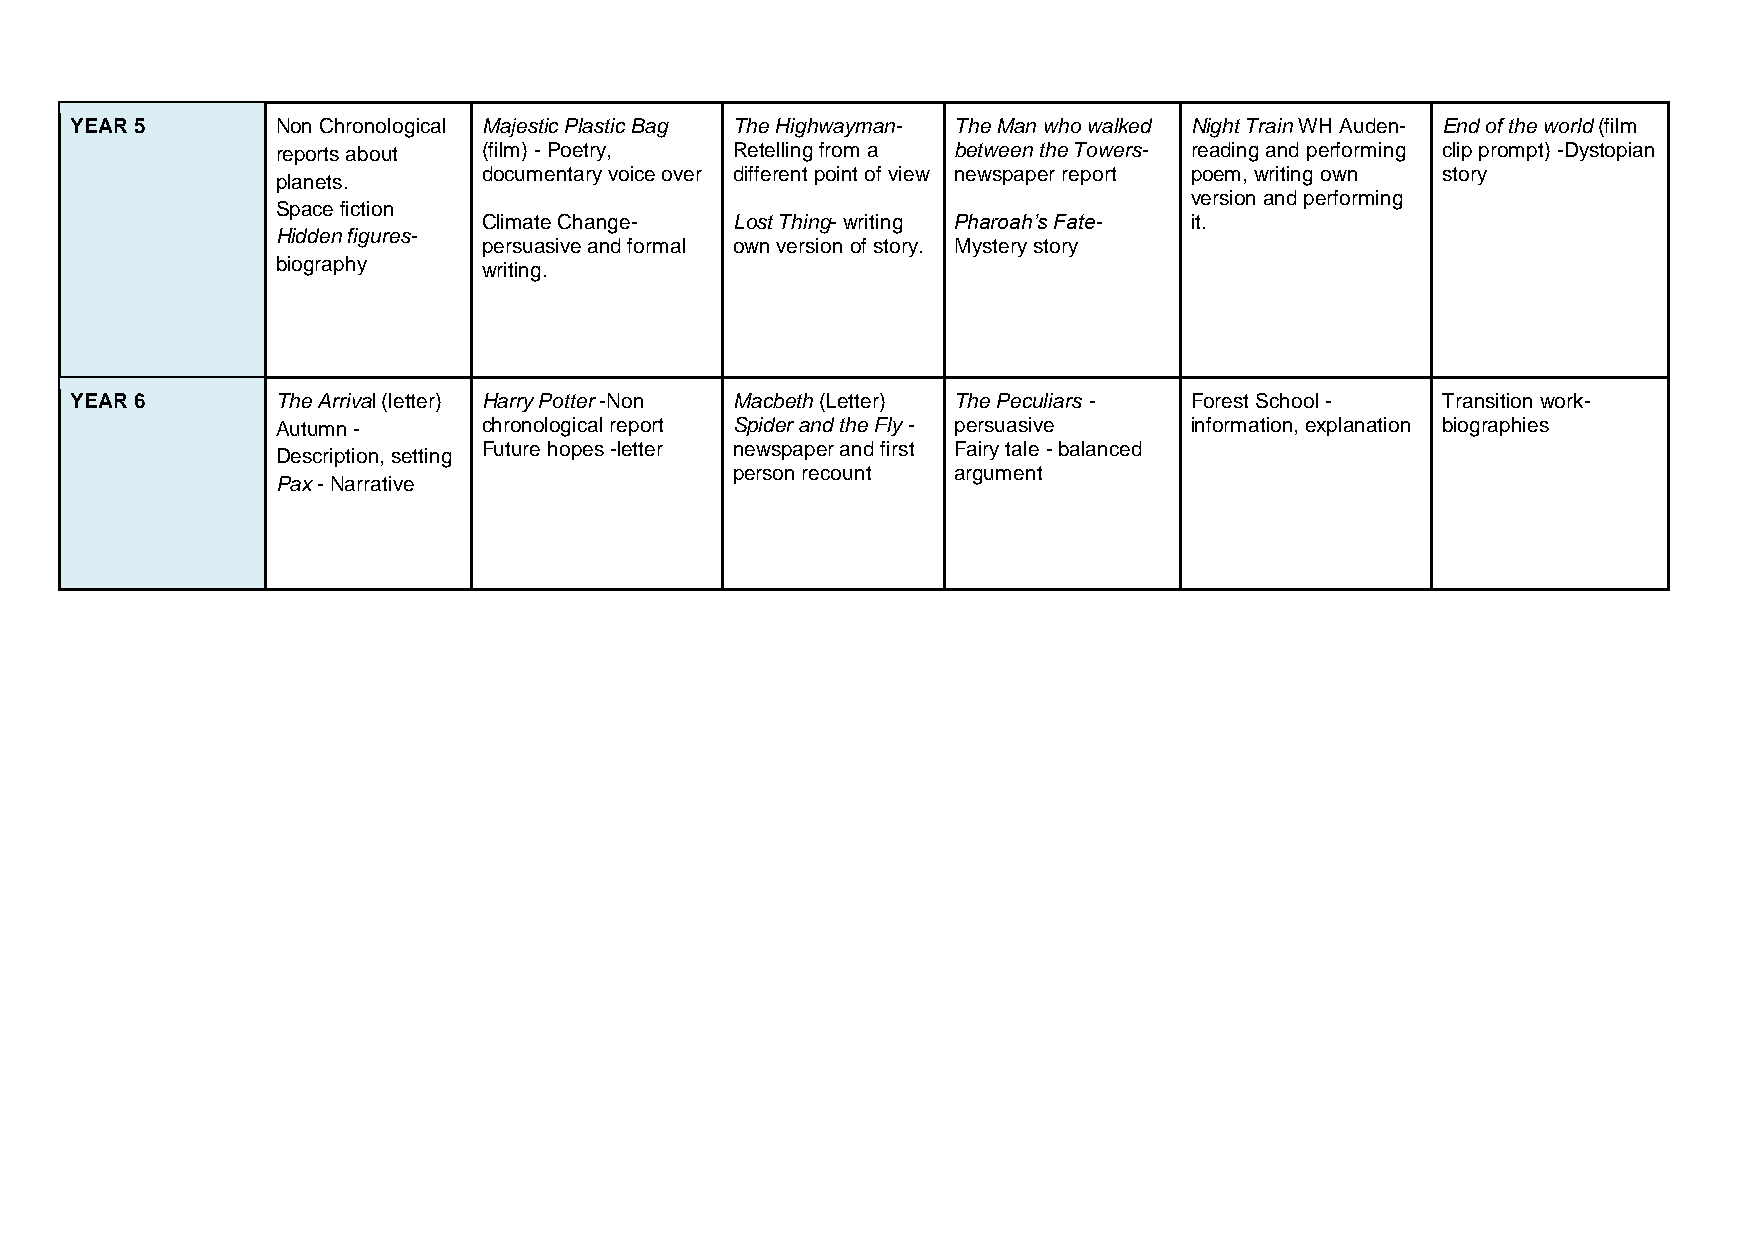
YEAR 5       Non Chronological Majestic Plastic Bag The Highwayman- The Man who walked Night Train WH Auden- End of the world (film
 reports about (film) - Poetry, Retelling from a between the Towers- reading and performing clip prompt) -Dystopian
 documentary voice over different point of view newspaper report poem, writing own story
 planets.
 version and performing
 Space fiction
 Climate Change-  Lost Thing- writing Pharoah’s Fate- it.
 Hidden figures-
 persuasive and formal own version of story. Mystery story
 biography     writing.
 YEAR 6       The Arrival (letter) Harry Potter -Non Macbeth (Letter) The Peculiars - Forest School - Transition work-
 Autumn -      chronological report Spider and the Fly - persuasive information, explanation biographies
 Future hopes -letter newspaper and first Fairy tale - balanced
 Description, setting
 person recount argument
 Pax - Narrative